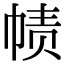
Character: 帻